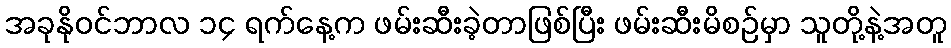
အခုနိုဝင်ဘာလ ၁၄ ရက်နေ့က ဖမ်းဆီးခဲ့တာဖြစ်ပြီး ဖမ်းဆီးမိစဉ်မှာ သူတို့နဲ့အတူ